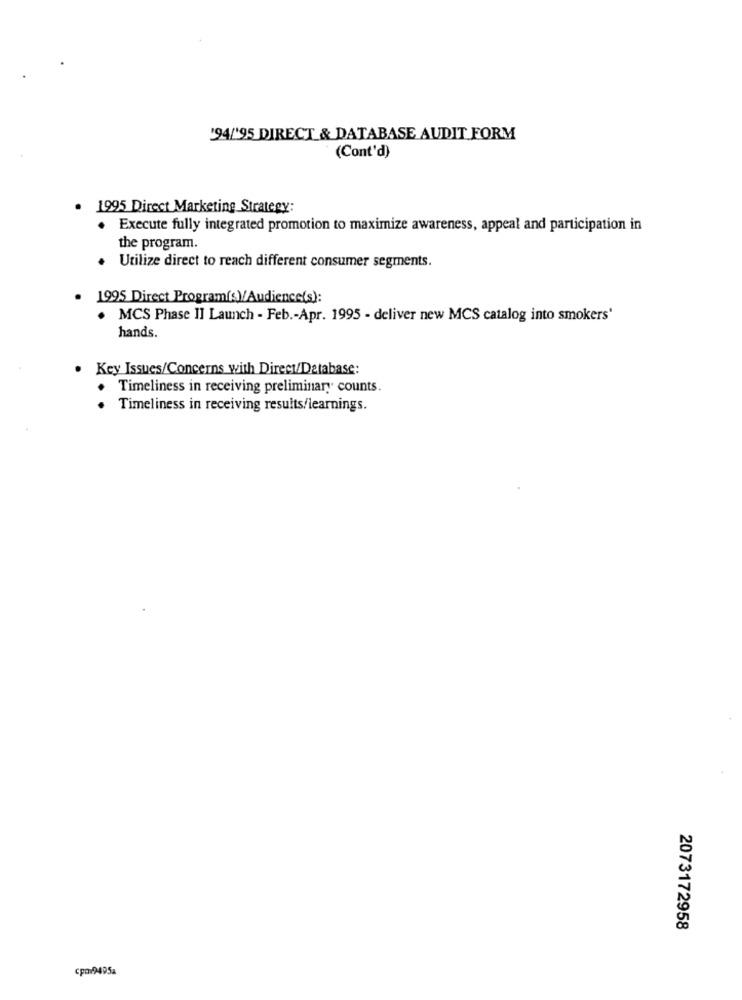
'94/'95 DIRECT & DATABASE AUDIT FORM
(Cont'd)
. 1995 Direct Marketing Strategy:
· Execute fully integrated promotion to maximize awareness, appeal and participation in
the program.
Utilize direct to reach different consumer segments.
. 1995 Direct Program(s)/Audience(s):
MCS Phase II Launch - Feb .- Apr. 1995 - deliver new MCS catalog into smokers'
hands.
Key Issues/Concerns with Direct/Database:
Timeliness in receiving preliminary counts.
Timeliness in receiving results/learnings.
2073172958
cpor94952